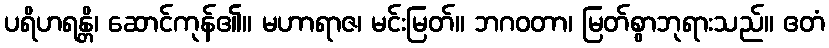
ပရိဟရန္တိ၊ ဆောင်ကုန်၏။ မဟာရာဇ၊ မင်းမြတ်။ ဘဂဝတာ၊ မြတ်စွာဘုရားသည်။ ဧတံ